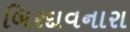
બિરદાવનારા